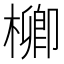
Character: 𣛬